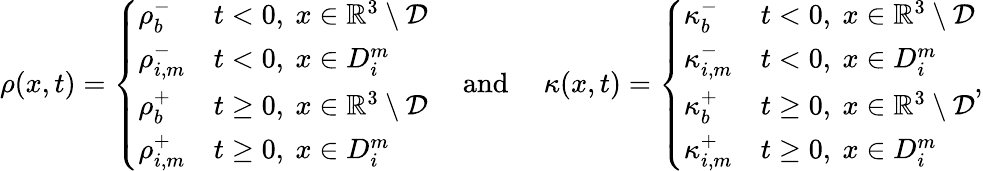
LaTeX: \begin{array}{r}{\rho(x,t)=\left\{ \begin{array}{ll}{\rho_{b}^{-}}&{t<0,~x\in\mathbb{R}^{3}\setminus\mathcal{D}}\\ {\rho_{i,m}^{-}}&{t<0,~x\in D_{i}^{m}}\\ {\rho_{b}^{+}}&{t\geq 0,~x\in\mathbb{R}^{3}\setminus\mathcal{D}}\\ {\rho_{i,m}^{+}}&{t\geq 0,~x\in D_{i}^{m}}\end{array}\right.\quad\mathrm{~and~}\quad\kappa(x,t)=\left\{ \begin{array}{ll}{\kappa_{b}^{-}}&{t<0,~x\in\mathbb{R}^{3}\setminus\mathcal{D}}\\ {\kappa_{i,m}^{-}}&{t<0,~x\in D_{i}^{m}}\\ {\kappa_{b}^{+}}&{t\geq 0,~x\in\mathbb{R}^{3}\setminus\mathcal{D}}\\ {\kappa_{i,m}^{+}}&{t\geq 0,~x\in D_{i}^{m}}\end{array}\right.,}\end{array}